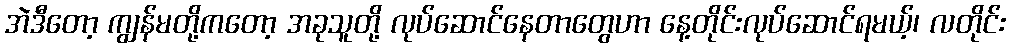
အဲဒီတော့ ကျွန်မတို့ကတော့ အခုသူတို့ လုပ်ဆောင်နေတာတွေဟာ နေ့တိုင်းလုပ်ဆောင်ရမယ့်၊ လတိုင်း